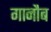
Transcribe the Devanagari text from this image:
गानौब